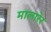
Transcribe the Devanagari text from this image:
मालारेर